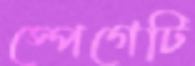
স্পেগেটি